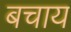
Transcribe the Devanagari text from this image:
बचाय